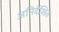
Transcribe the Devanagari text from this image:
अनिर्देशित